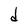
Character: d